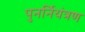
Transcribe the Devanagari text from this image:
पुनर्नियंत्रण